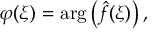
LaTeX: \varphi ( \xi ) = \arg \left( { \hat { f } } ( \xi ) \right) ,